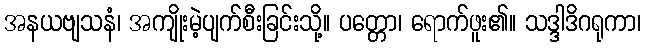
အနယဗျသနံ၊ အကျိုးမဲ့ပျက်စီးခြင်းသို့။ ပတ္တော၊ ရောက်ဖူး၏။ သဒ္ဒါဒိဂရုကာ၊